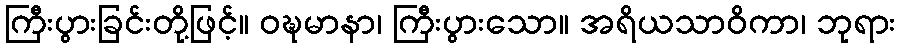
ကြီးပွားခြင်းတို့ဖြင့်။ ဝဍ္ဎမာနာ၊ ကြီးပွားသော။ အရိယသာဝိကာ၊ ဘုရား